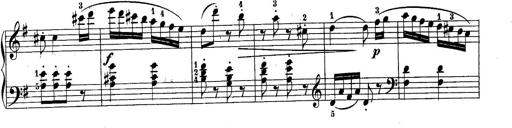
Title: 10 Sonatines progressives
Composer: Anton Schmoll